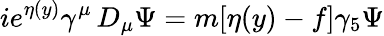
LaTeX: ie^{\eta(y)}\gamma^{\mu}\, D_{\mu}\Psi=m[\eta(y)-f]\gamma_{5}\Psi